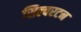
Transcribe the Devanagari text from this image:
सिल्वरटन